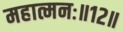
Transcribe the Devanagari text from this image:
महात्मनः॥१२॥